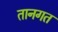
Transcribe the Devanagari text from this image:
तानगत